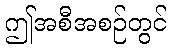
ဤအစီအစဉ်တွင်